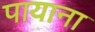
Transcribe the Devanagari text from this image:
पायाना